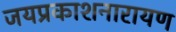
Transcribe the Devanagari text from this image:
जयप्रकाशनारायण